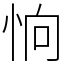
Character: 恦